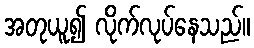
အတုယူ၍ လိုက်လုပ်နေသည်။